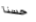
حسنا